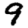
Digit: 9